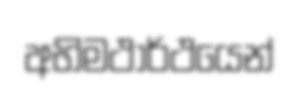
අභිමථාර්ථයෙන්